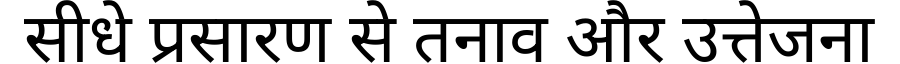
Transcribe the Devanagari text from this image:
सीधे प्रसारण से तनाव और उत्तेजना